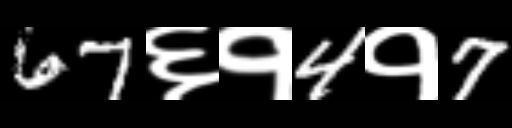
Text: 67६१4१7